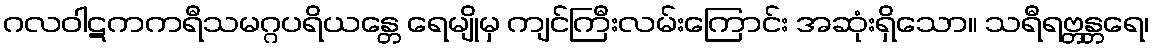
ဂလဝါဋကကရီသမဂ္ဂပရိယန္တေ ရေမျိုမှ ကျင်ကြီးလမ်းကြောင်း အဆုံးရှိသော။ သရီရဗ္တန္တရေ၊